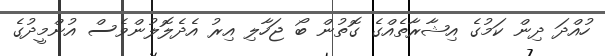
ހުއްދަ ދިން ކަމުގެ އިޝާރާތެއްގެ ގޮތުން ބޯ ޖަހާލި އިރު އެދެލޮލުންވެސް އުންމީދުގެ